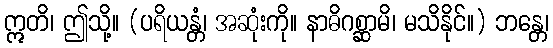
ဣတိ၊ ဤသို့။ (ပရိယန္တံ၊ အဆုံးကို။ နာဓိဂစ္ဆာမိ၊ မသိနိုင်။) ဘန္တေ၊